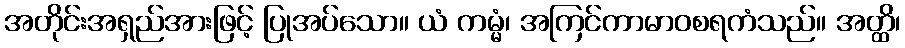
အတိုင်းအရှည်အားဖြင့် ပြုအပ်သော။ ယံ ကမ္မံ၊ အကြင်ကာမာဝစရကံသည်။ အတ္ထိ၊